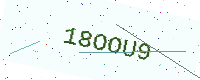
Text: 18OOU9